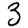
Digit: 3